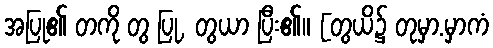
အပြု၏ တကို တွ ပြု, တွယာ ပြီး၏။ [တွယိ၌ တုမှာ.မှာကံ